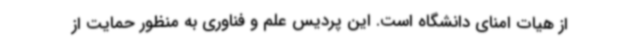
از هیات امنای دانشگاه است. این پردیس علم و فناوری به منظور حمایت از